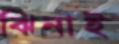
ঝিনাই